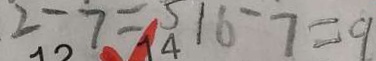
2 - 7 = 5 1 6 - 7 = 9